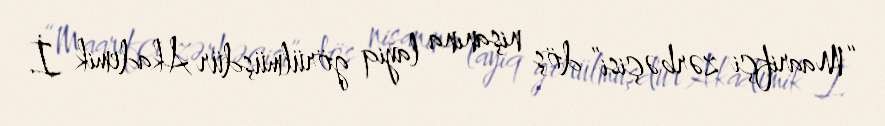
“Maarifçi zərbəçisi” döş nişanına layiq görülmüşdür Akademik İ.